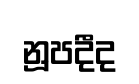
නූපදීද